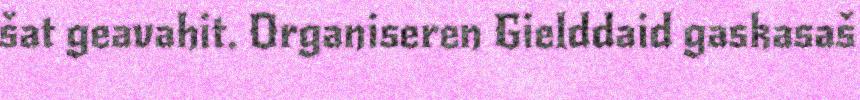
šat geavahit. Organiseren Gielddaid gaskasaš